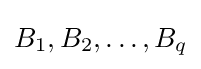
B_{1},B_{2},\ldots ,B_{q}